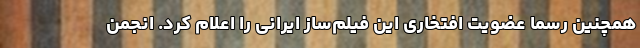
همچنین رسماً عضویت افتخاری این فیلم‌ساز ایرانی را اعلام کرد. انجمن